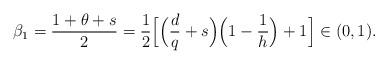
LaTeX: \begin{align*}\beta_1=\frac{1+\theta+s}{2}=\frac{1}{2}\Big[\Big(\frac{d}{q}+s\Big)\Big(1-\frac{1}{h}\Big)+1\Big]\in (0,1).\end{align*}